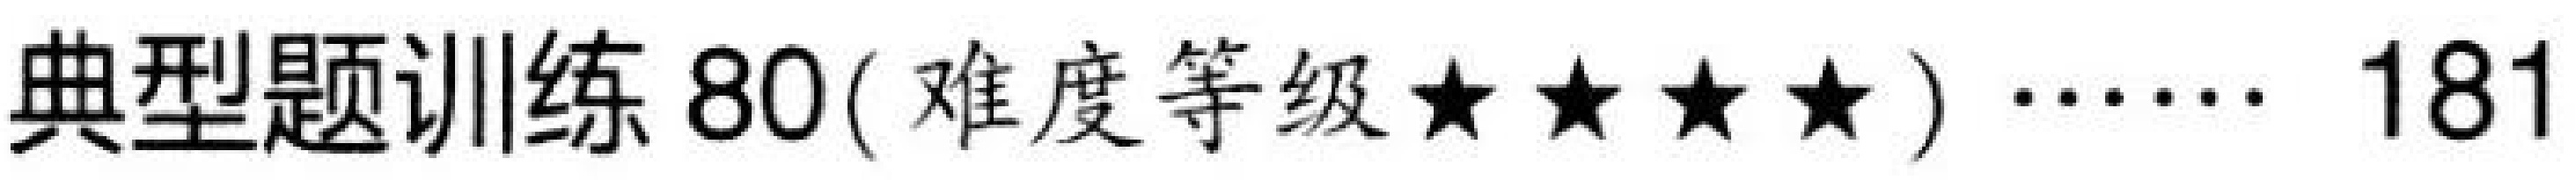
典型题训练 80( 难度等级$\star\star\star\star$) $\cdots\cdots$ 181